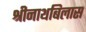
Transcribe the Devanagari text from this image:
श्रीनाथबिलास